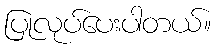
ပြုလုပ်ပေးပါတယ်။